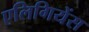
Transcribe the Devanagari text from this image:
एलिगियेंस